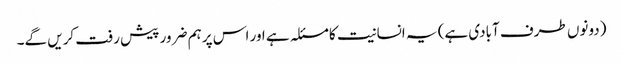
(دونوں طرف آبادی ہے) یہ انسانیت کا مسئلہ ہے اور اس پر ہم ضرور پیش رفت کریں گے۔